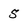
Character: 5